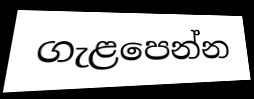
ගැළපෙන්න